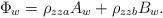
LaTeX: \begin{align*}\Phi_w=\rho_{zza}A_w+\rho_{zzb}B_w.\end{align*}